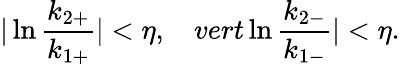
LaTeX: \vert\ln{\frac{k_{2+}}{k_{1+}}}\vert<\eta,\ \ \ \, vert\ln{\frac{k_{2-}}{k_{1-}}}\vert<\eta.